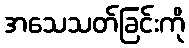
အသေသတ်ခြင်းကို